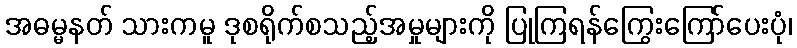
အဓမ္မနတ် သားကမူ ဒုစရိုက်စသည့်အမှုများကို ပြုကြရန်ကြွေးကြော်ပေးပုံ၊